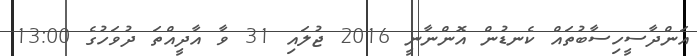
އަންދާސީހިސާބުތައް ކެނޑުން އޮންނާނީ 2016 ޖުލައި 31 ވާ އާދީއްތަ ދުވަހުގެ 13:00